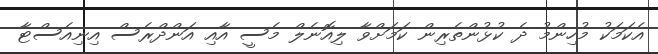
އެކަމަކު މުހިންމު ދެ ކުޅުންތެރިން ކަމަށްވާ ލިއޮނެލް މެސީ އާއި އަންދްރެސް އިނިއެސްޓާ